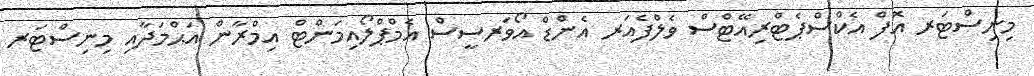
މިނިސްޓަރ އޮފް އެކްސްޕެޓްރިއޭޓްސް ވެލްފެއަރ އެންޑް އޯވަރސީސް އެމްޕްލޯއިމަންޓް އިމްރާން އަޙްމަދާއި މިނިސްޓަރ